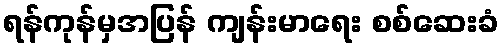
ရန်ကုန်မှအပြန် ကျန်းမာရေး စစ်ဆေးခံ